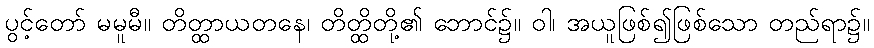
ပွင့်တော် မမူမီ။ တိတ္ထာယတနေ၊ တိတ္ထိတို့၏ ဘောင်၌။ ဝါ၊ အယူဖြစ်၍ဖြစ်သော တည်ရာ၌။